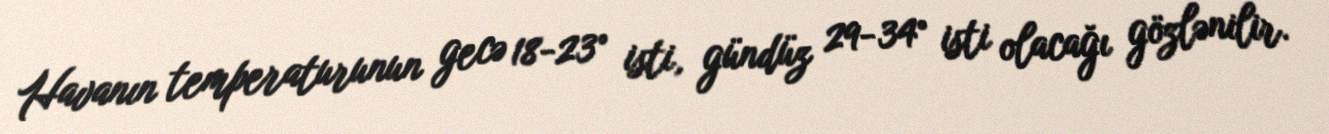
Havanın temperaturunun gecə 18-23° isti, gündüz 29-34° isti olacağı gözlənilir.